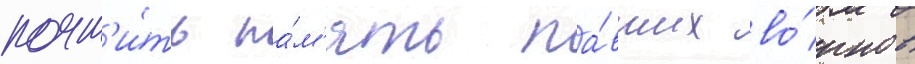
почт'и́ть па́м'ять па́вших во́инов